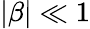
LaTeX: |\beta|\ll 1